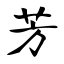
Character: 芳